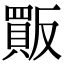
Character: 𧶶